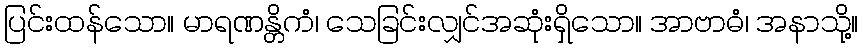
ပြင်းထန်သော။ မာရဏန္တိကံ၊ သေခြင်းလျှင်အဆုံးရှိသော။ အာဗာဓံ၊ အနာသို့။